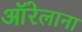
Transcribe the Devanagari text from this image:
ऑरेलाना